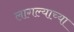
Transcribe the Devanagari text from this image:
लागल्याच्या